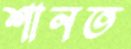
শানত